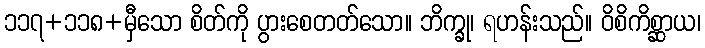
၁၁၇+၁၁၈+မှီသော စိတ်ကို ပွားစေတတ်သော။ ဘိက္ခု၊ ရဟန်းသည်။ ဝိစိကိစ္ဆာယ၊